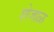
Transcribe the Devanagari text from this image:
शेजाळ